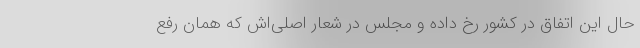
حال این اتفاق در کشور رخ داده و مجلس در شعار اصلی‌اش که همان رفع